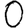
Digit: 0